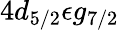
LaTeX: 4d_{5/2}\epsilon g_{7/2}